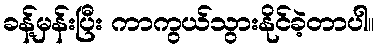
ခန့်မှန်းပြီး ကာကွယ်သွားနိုင်ခဲ့တာပါ။